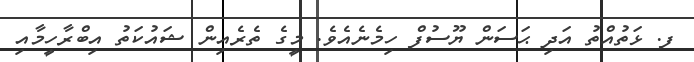
ފ. ޅަތުއްތު އަދި ޙަސަން ޔޫސުފް ހިމެނެއެވެ. މީގެ ތެރެއިން ޝައުކަތު އިބްރާހީމާއި